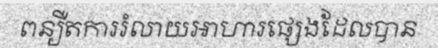
ពន្យឺតការរំលាយអាហារផ្សេងដែលបាន